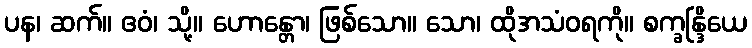
ပန၊ ဆက်။ ဧဝံ၊ သို့။ ဟောန္တော၊ ဖြစ်သော။ သော၊ ထိုအသံဝရကို။ စက္ခန္ဒြိယေ